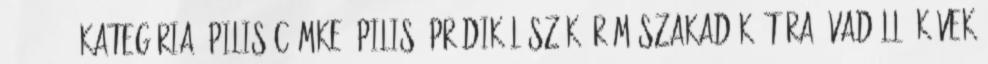
2005-11-22 Kategória: Pilis Címke: pilis, prédikálószék, rám-szakadék, túra, vadálló-kövek